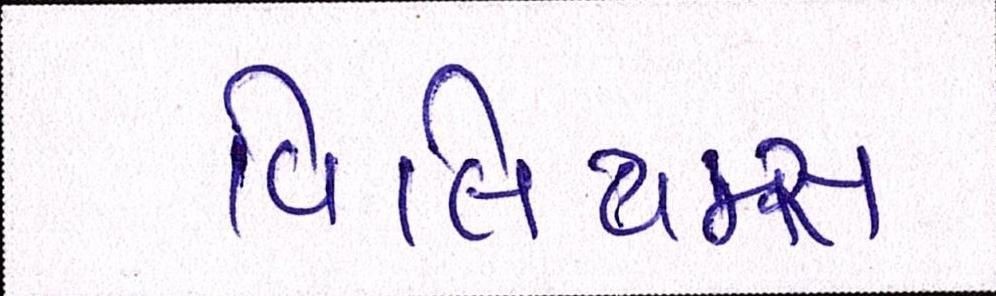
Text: વિલિયમ્સ